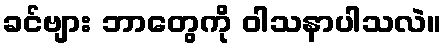
ခင်ဗျား ဘာတွေကို ဝါသနာပါသလဲ။